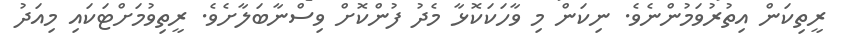
ރީތިކަން އިތުރުވަމުންނެވެ. ނިކަން މި ވާހަކަކޮޅާ މެދު ފުންކޮށް ވިސްނާބަލާށެވެ. ރީތިވުމަށްޓަކައި މިއަދު